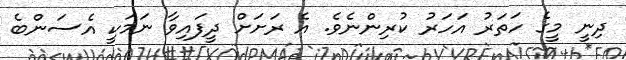
ދިނީ މީގެ ހަތަރު އަހަރު ކުރިންނެވެ. އެ ރަށަށް ދީފައިވާ ނަމަކީ އެސަންބެ